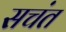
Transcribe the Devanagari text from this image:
सचंत